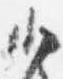
少